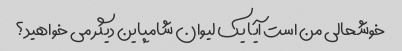
خوشحالی من است آیا یک لیوان شامپاین دیگر می خواهید؟